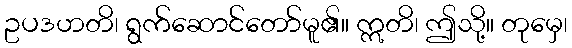
ဥပဒဟတိ၊ ရွက်ဆောင်တော်မူ၏။ ဣတိ၊ ဤသို့။ တုမှေ၊